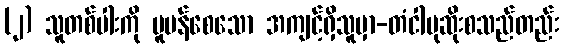
(၂) သူတစ်ပါးကို ပူပန်စေသော အကျင့်ရှိသူမှာ-တံငါမုဆိုးစသည်တည်း